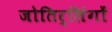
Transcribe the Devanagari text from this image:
जोतिर्लिंगों